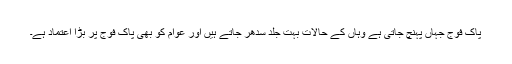
پاک فوج جہاں پہنچ جاتی ہے وہاں کے حالات بہت جلد سدھر جاتے ہیں اور عوام کو بھی پاک فوج پر بڑا اعتماد ہے۔